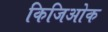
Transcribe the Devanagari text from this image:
किजिओक